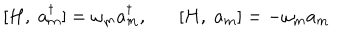
[ H , \; a _ { m } ^ { \dagger } ] = \omega _ { m } a _ { m } ^ { \dagger } , [ H , \; a _ { m } ] = - \omega _ { m } a _ { m }